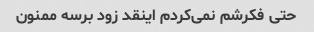
حتی فکرشم نمی‌کردم اینقد زود برسه ممنون